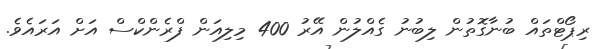
ރިޕޯޓްތައް ބުނާގޮތުން ލިބުނު ގެއްލުން އޭރު 400 މިލިއަން ފްރެންކްސް އަށް އަރައެވެ.